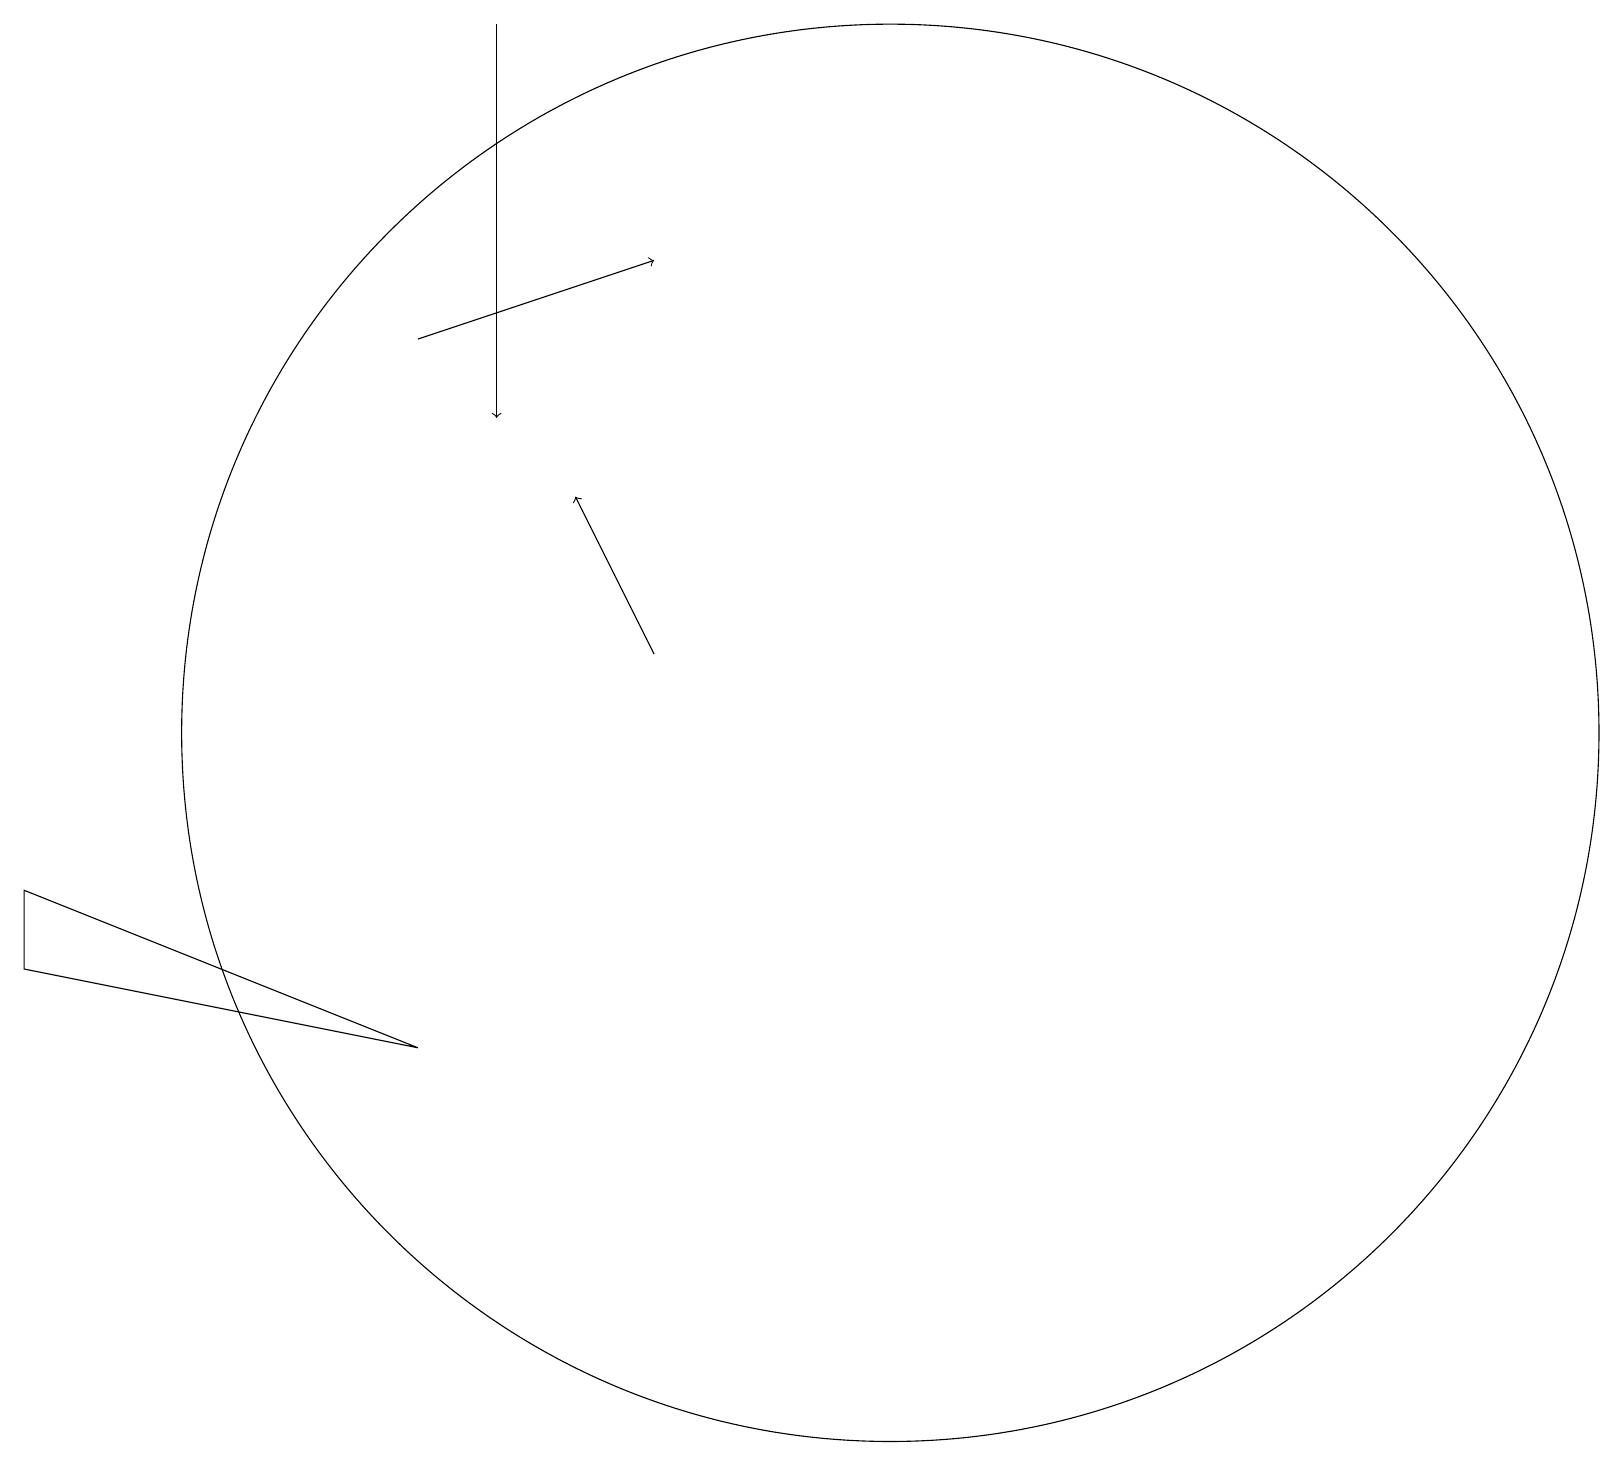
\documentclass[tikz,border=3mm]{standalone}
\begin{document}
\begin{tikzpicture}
\draw[->] (5,15) -- (8,16);
\draw[->] (6,19) -- (6,14);
\draw (0,7) -- (0,8) -- (5,6) -- cycle;
\draw (11,10) circle (9);
\draw[->] (8,11) -- (7,13);
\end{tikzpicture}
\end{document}